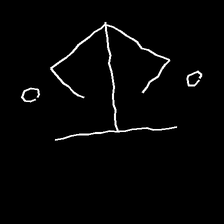
Glyph: earth